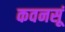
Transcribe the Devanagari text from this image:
कवनसूं